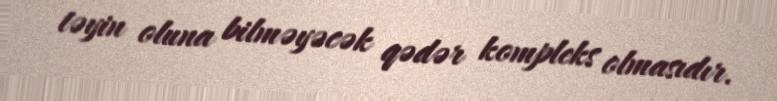
təyin oluna bilməyəcək qədər kompleks olmasıdır.